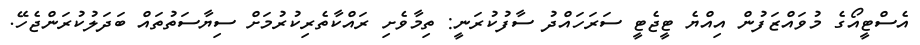
އެސްޓީއޯގެ މުވައްޒަފުން އިއްޔެ ޓީޖެޓީ ސަރަހައްދު ސާފުކުރަނީ: ތިމާވެށި ރައްކާތެރިކުރުމަށް ސިޔާސަތުތައް ބަދަލުކުރަންޖެހޭ.